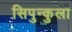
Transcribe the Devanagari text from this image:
सिपुन्कुला